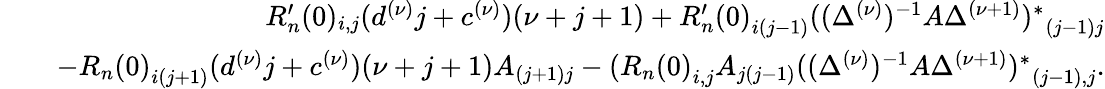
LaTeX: \begin{array}{rlr}&{}&{R_{n}^{\prime}(0)_{i,j}(d^{(\nu)}j+c^{(\nu)})(\nu+j+1)+{R_{n}^{\prime}(0)}_{i(j-1)}{((\Delta^{(\nu)})^{-1}A\Delta^{(\nu+1)})^{\ast}}_{(j-1)j}}\\ &{}&{-{R_{n}(0)}_{i(j+1)}(d^{(\nu)}j+c^{(\nu)})(\nu+j+1)A_{(j+1)j}-({R_{n}(0)}_{i,j}A_{j(j-1)}{((\Delta^{(\nu)})^{-1}A\Delta^{(\nu+1)})^{\ast}}_{(j-1),j}.}\end{array}